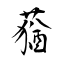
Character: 蕕